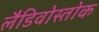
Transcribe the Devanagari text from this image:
लैडिवोस्तोक